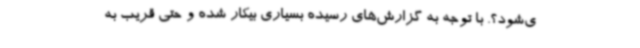
ی‌شود؟. با توجه به گزارش‌های رسیده بسیاری بیکار شده و حتی قریب به